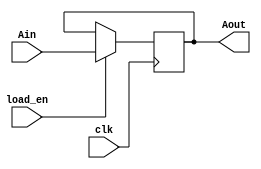
module SimpleReg1(input Ain,
                  input load_en,
                  input clk,
                  output reg[0:0] Aout);

    always@(posedge clk)
    begin
        if(load_en)
			Aout <= Ain;
    end
    
endmodule